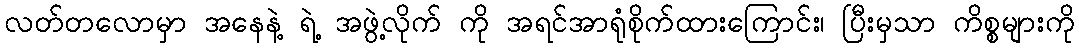
လတ်တလောမှာ အနေနဲ့ ရဲ့ အဖွဲ့လိုက် ကို အရင်အာရုံစိုက်ထားကြောင်း၊ ပြီးမှသာ ကိစ္စများကို